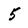
Character: 5